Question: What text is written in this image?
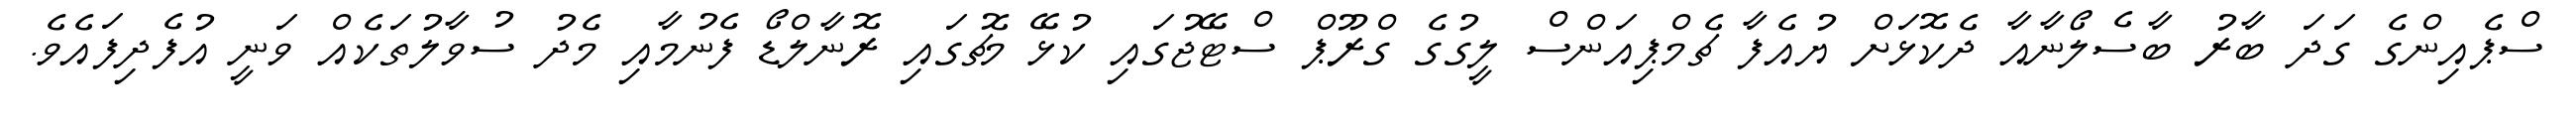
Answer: ސްޕެއިންގެ ގަދަ ބާރު ބާސެލޯނާއާ ދެކޮޅަށް ޔުއެފާ ޗެމްޕިއަންސް ލީގުގެ ގްރޫޕް ސްޓޭޖުގައި ކުޅޭ މެޗުގައި ރޮނާލްޑޯ ފެނުމާއި މެދު ސުވާލުތަކެއް ވަނީ އުފެދިފައެވެ.